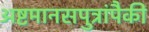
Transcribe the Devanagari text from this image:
अष्टमानसपुत्रांपैकी